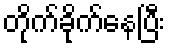
တိုက်ခိုက်နေပြီး